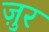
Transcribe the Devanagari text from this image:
ज़ुर